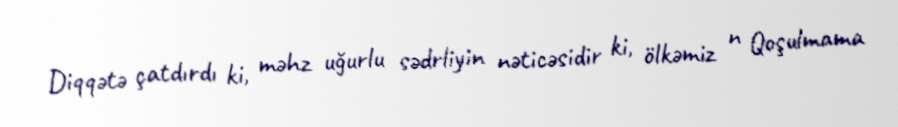
Diqqətə çatdırdı ki, məhz uğurlu sədrliyin nəticəsidir ki, ölkəmiz n Qoşulmama